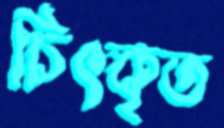
চিৎকৃত